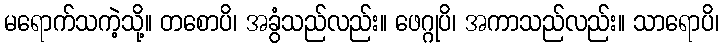
မရောက်သကဲ့သို့။ တစောပိ၊ အခွံသည်လည်း။ ဖေဂ္ဂုပိ၊ အကာသည်လည်း။ သာရောပိ၊